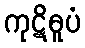
ကုဋိဓူပံ